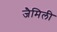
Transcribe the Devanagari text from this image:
जैमिली